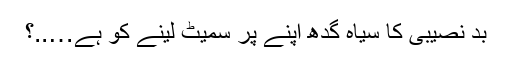
بد نصیبی کا سیاہ گدھ اپنے پر سمیٹ لینے کو ہے…..؟